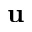
\mathbf { u }